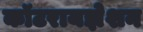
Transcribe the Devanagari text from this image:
कॉटरायझेशन